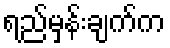
ရည်မှန်းချက်က